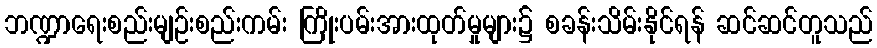
ဘဏ္ဍာရေးစည်းမျဉ်းစည်းကမ်း ကြိုးပမ်းအားထုတ်မှုများ၌ စခန်းသိမ်းနိုင်ရန် ဆင်ဆင်တူသည်